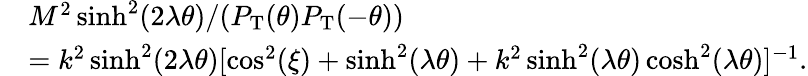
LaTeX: \begin{array}{ll}{{}}&{{M^{2}\sinh^{2}(2\lambda\theta)/(P_{\mathrm{T}}(\theta)P_{\mathrm{T}}(-\theta))}}\\ {{}}&{{=k^{2}\sinh^{2}(2\lambda\theta)[\cos^{2}(\xi)+\sinh^{2}(\lambda\theta)+k^{2}\sinh^{2}(\lambda\theta)\cosh^{2}(\lambda\theta)]^{-1}.}}\end{array}